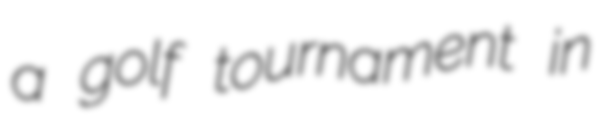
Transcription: a golf tournament in